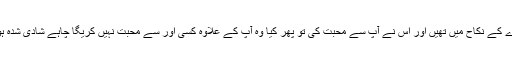
جب آپ كسى دوسرے كے نكاح ميں تھيں اور اس نے آپ سے محبت كى تو پھر كيا وہ آپ كے علاوہ كسى اور سے محبت نہيں كريگا چاہے شادى شدہ ہو يا غير شادى شدہ ؟